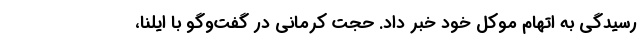
رسیدگی به اتهام موکل خود خبر داد. حجت کرمانی در گفت‌و‌گو با ایلنا،